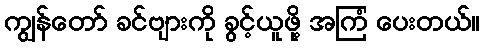
ကျွန်တော် ခင်ဗျားကို ခွင့်ယူဖို့ အကြံ ပေးတယ်။